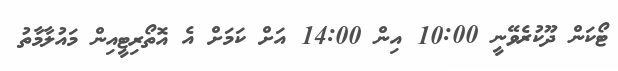
ޓޯކަން ދޫކުރެވޭނީ 10:00 އިން 14:00 އަށް ކަމަށް އެ އޮތޯރިޓީއިން މައުލާމާތު